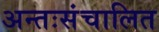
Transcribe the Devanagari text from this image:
अन्तःसंचालित